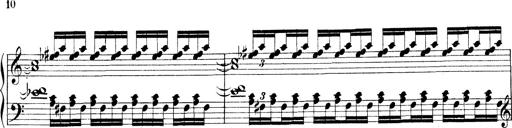
Title: Technische Studien
Composer: Franz Liszt